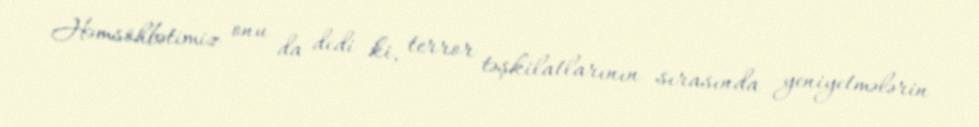
Həmsöhbətimiz onu da dedi ki, terror təşkilatlarının sırasında yeniyetmələrin